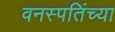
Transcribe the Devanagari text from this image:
वनस्पतिंच्या